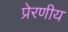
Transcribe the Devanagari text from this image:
प्रेरणीय